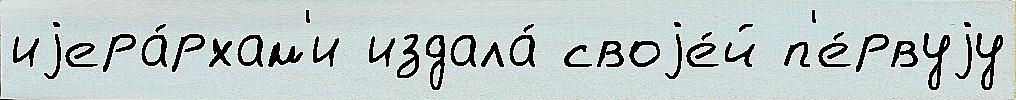
иjера́рхам'и издала́ своjе́й п'е́рвуjу